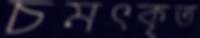
চমৎকৃত